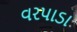
વરપાડા